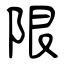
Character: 限